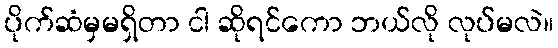
ပိုက်ဆံမှမရှိတာ ငါ ဆိုရင်ကော ဘယ်လို လုပ်မလဲ။